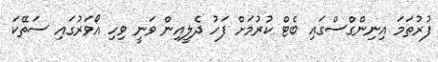
ފުރުތަމަ އިނިންގްސްގައި ބެޓް ކުރުމަށް ފަހު ދެލީއިން ވަނީ ވިހި އޯވަރުގައި ސަތޭކަ